Report on lock hospitals in British Burma
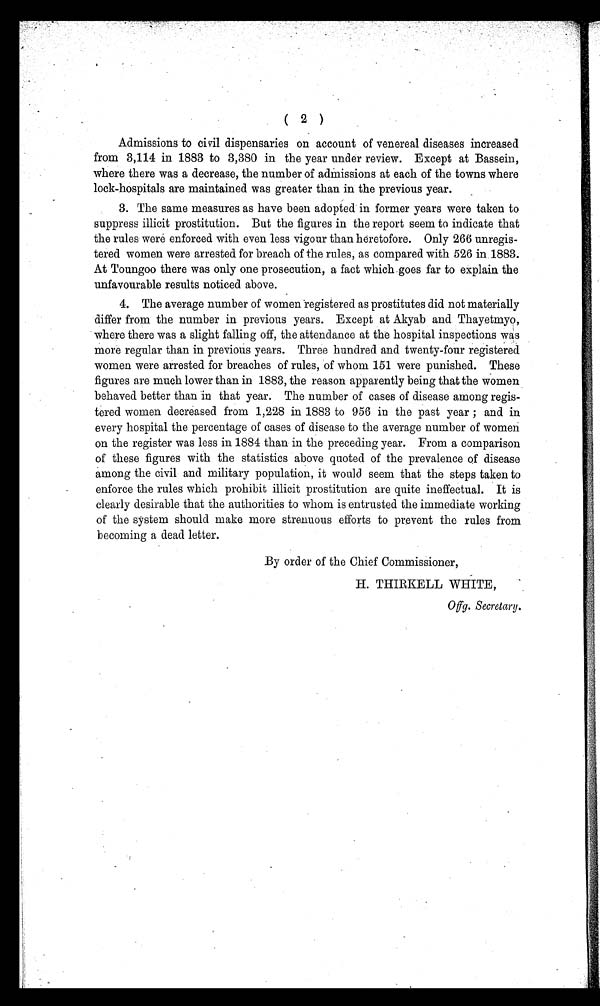
( 2 )
Admissions to civil dispensaries on account of venereal diseases increased
from 3,114 in 1883 to 3,380 in the year under review. Except at Bassein,
where there was a decrease, the number of admissions at each of the towns where
lock-hospitals are maintained was greater than in the previous year.
3. The same measures as have been adopted in former years were taken to
suppress illicit prostitution. But the figures in the report seem to indicate that
the rules were enforced with even less vigour than heretofore. Only 266 unregis-
tered women were arrested for breach of the rules, as compared with 526 in 1883.
At Toungoo there was only one prosecution, a fact which goes far to explain the
unfavourable results noticed above.
4. The average number of women registered as prostitutes did not materially
differ from the number in previous years. Except at Akyab and Thayetmyo,
where there was a slight falling off, the attendance at the hospital inspections was
more regular than in previous years. Three hundred and twenty-four registered
women were arrested for breaches of rules, of whom 151 were punished. These
figures are much lower than in 1883, the reason apparently being that the women
behaved better than in that year. The number of cases of disease among regis-
tered women decreased from 1,228 in 1883 to 956 in the past year ; and in
every hospital the percentage of cases of disease to the average number of women
on the register was less in 1884 than in the preceding year. From a comparison
of these figures with the statistics above quoted of the prevalence of disease
among the civil and military population, it would seem that the steps taken to
enforce the rules which prohibit illicit prostitution are quite ineffectual. It is
clearly desirable that the authorities to whom is entrusted the immediate working
of the system should make more strenuous efforts to prevent the rules from
becoming a dead letter.
By order of the Chief Commissioner,
H. THIRKELL WHITE,
Oh. Secretary.